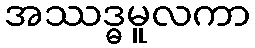
အဿဒ္ဓမူလကာ